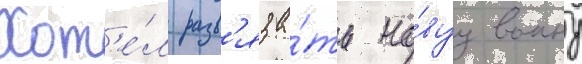
Хот'е́л разв'яза́ть но́вуу воину